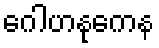
ဂေါဟနုကေန